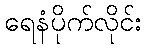
ရေနံပိုက်လိုင်း